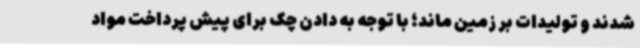
شدند و تولیدات بر زمین ماند؛ با توجه به دادن چک برای پیش پرداخت مواد